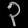
Digit: ၃